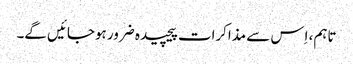
تاہم، اِس سے مذاکرات پیچیدہ ضرور ہوجائیں گے۔